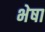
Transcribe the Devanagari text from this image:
भेषा